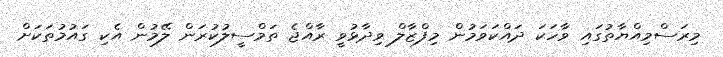
މިރަސްމިއްޔާތުގައި ވާހަކަ ދައްކަވަމުން މިފްޒާލް ވިދާޅުވީ ރާއްޖެ ތަމްސީލުކުރަން ލޭމުން އެކި ގައުމުތަކަށް